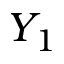
Y _ { 1 }